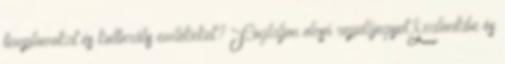
templomokat és kulturális emlékeket? Foglaljon olcsó repülőjegyet Szalonikibe és